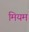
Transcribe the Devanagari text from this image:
मियम